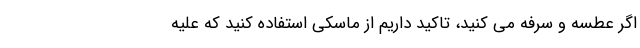
اگر عطسه و سرفه می کنید، تاکید داریم از ماسکی استفاده کنید که علیه